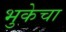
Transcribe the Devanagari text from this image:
भुकेचा